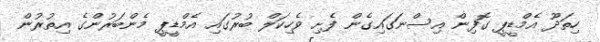
ހިތަދޫ އެމްޑީޕީ ގޮފިން އިސްނަގައިގެން ފެށި ވެހިކަލް ބުރުގައި އެމްޑީޕީ މެންބަރުންގެ އިތުރުން